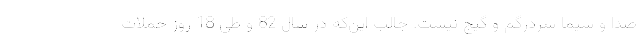
صدا و سیما سردرگم و گیج نیست. جالب این‌که در سال 82 و طی 18 روز حملات